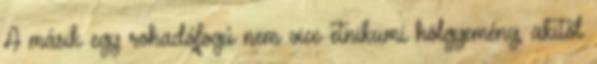
A másik egy rohadófogú nem vicc etnikumi hölgyemény, akitől